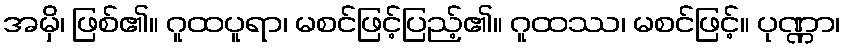
အမှိ၊ ဖြစ်၏။ ဂူထပူရာ၊ မစင်ဖြင့်ပြည့်၏။ ဂူထဿ၊ မစင်ဖြင့်။ ပုဏ္ဏာ၊